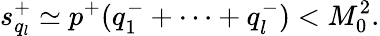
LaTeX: s_{q_{l}}^{+}\simeq p^{+}(q_{1}^{-}+\cdots+q_{l}^{-})<M_{0}^{2}.